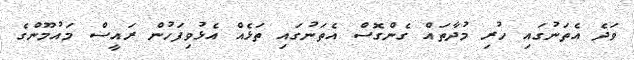
ވަދެ އެތަނުގައި ހުރި މުދާތައް ގެންގޮސް އެތަނުގައި ތަޅެއް އެޅުވިފަހުން ރައީސް މައުމޫންގެ